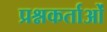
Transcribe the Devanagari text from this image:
प्रश्नकर्ताओं